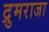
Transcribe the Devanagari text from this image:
द्रुमराजा